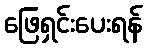
ဖြေရှင်းပေးရန်